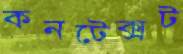
কনটেক্সট